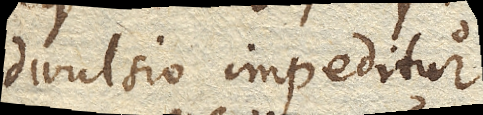
divulsio impeditur.